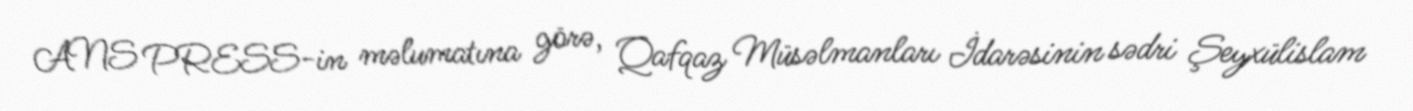
ANS PRESS-in məlumatına görə, Qafqaz Müsəlmanları İdarəsinin sədri Şeyxülislam